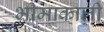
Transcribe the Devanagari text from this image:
भीमाकाली